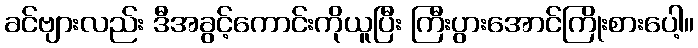
ခင်ဗျားလည်း ဒီအခွင့်ကောင်းကိုယူပြီး ကြီးပွားအောင်ကြိုးစားပေါ့။